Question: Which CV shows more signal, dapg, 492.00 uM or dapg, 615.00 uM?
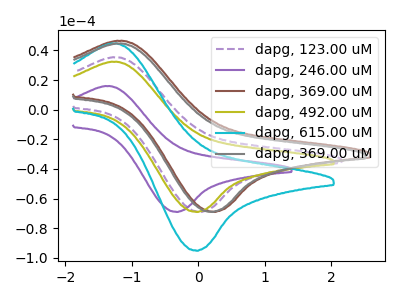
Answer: <think>The purple dashed curve "dapg, 123.00 uM" has an anodic peak at (-1.25V, 35.30uA) and a cathodic peak at (0.00V, -69.00uA). The purple curve "dapg, 246.00 uM" has an anodic peak at (-1.40V, 15.90uA) and a cathodic peak at (-0.35V, -69.00uA). The brown curve "dapg, 369.00 uM" has an anodic peak at (-1.20V, 46.40uA) and a cathodic peak at (0.25V, -69.00uA). The olive curve "dapg, 492.00 uM" has an anodic peak at (-1.30V, 32.30uA) and a cathodic peak at (-0.05V, -69.00uA). The cyan curve "dapg, 615.00 uM" has an anodic peak at (-1.30V, 44.55uA) and a cathodic peak at (-0.05V, -95.20uA). The gray curve "dapg, 369.00 uM" has an anodic peak at (-1.20V, 44.60uA) and a cathodic peak at (0.20V, -69.00uA).
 All the peaks in "dapg, 492.00 uM" have a peak in "dapg, 615.00 uM" at the same potential. Every peak in "dapg, 492.00 uM" is lower than every peak in "dapg, 615.00 uM".</think>
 <answer>"dapg, 492.00 uM" has less signal than "dapg, 615.00 uM".</answer>
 <eval>less_signal</eval>